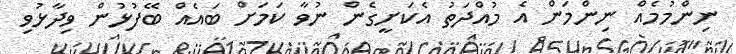
ނިންމުމެއް ނިންމަން އެ މުއްދަތު އެކަށީގެން ނުވާ ކަމަށް ބައެއް ބޭފުޅުން ވިދާޅުވި